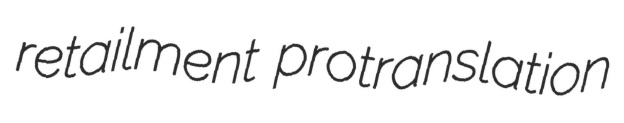
retailment protranslation